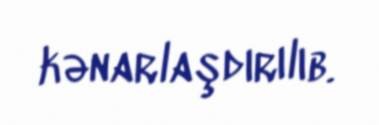
kənarlaşdırılıb.